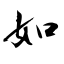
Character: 如